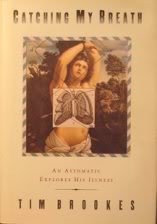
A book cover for Catching My Breath: An Asthmatic Explores His Illness; Tim Brookes; Health, Fitness & Dieting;